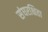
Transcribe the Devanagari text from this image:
संघरक्षिता